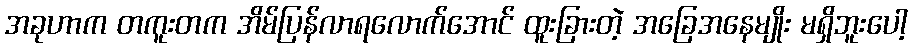
အခုဟာက တကူးတက အိမ်ပြန်လာရလောက်အောင် ထူးခြားတဲ့ အခြေအနေမျိုး မရှိဘူးပေါ့